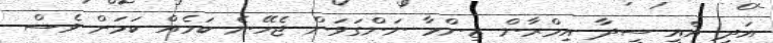
އަދި އެއީ ސީދާ އިމްރާން ޒިންމާ ނަންގަވަން ޖެހޭނެ ކަމެއް ކަމަށް ވެސް